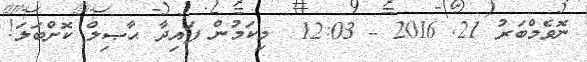
ނޮވެމްބަރު 21